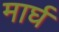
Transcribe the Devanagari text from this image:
मार्घ